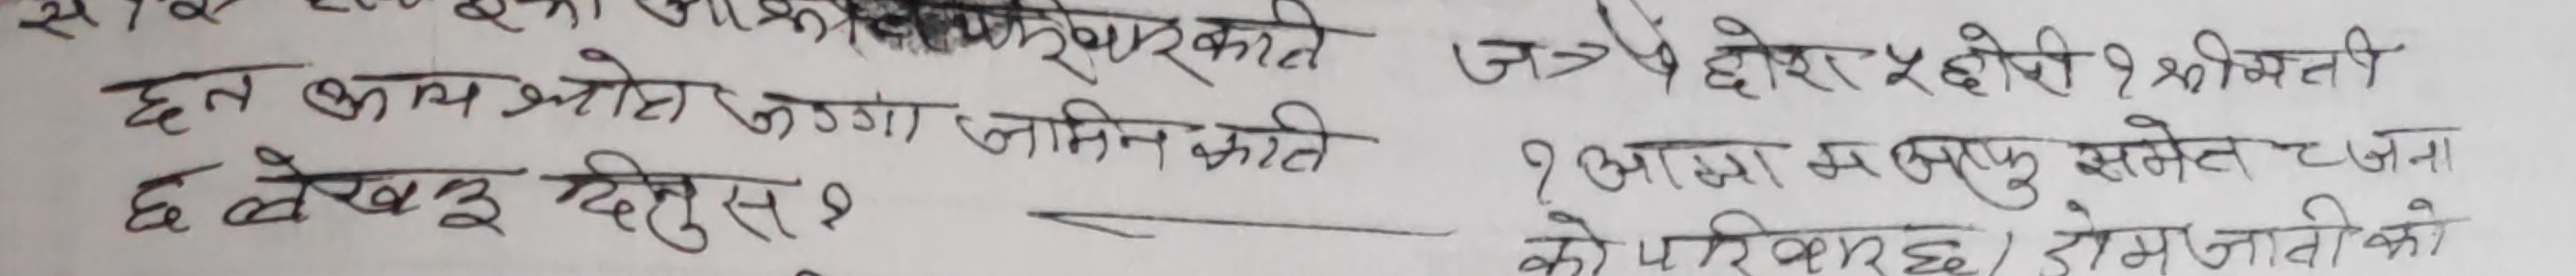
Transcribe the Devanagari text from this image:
छत काल भोरा जग्गा जमीन कति
छ लेखि दियरुस ?
जत्रै छ छोरा ५ छोरी १ श्रीमति
१ आमा म पु समेत जना
को परिवार छ। राम जी को